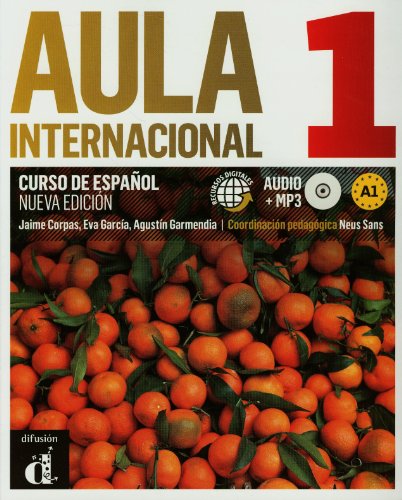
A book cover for Aula Internacional 1. Nueva Edicion: Libro del Almuno + Ejercicios + CD (A1) (Spanish Edition); Jaime Corpas; Reference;